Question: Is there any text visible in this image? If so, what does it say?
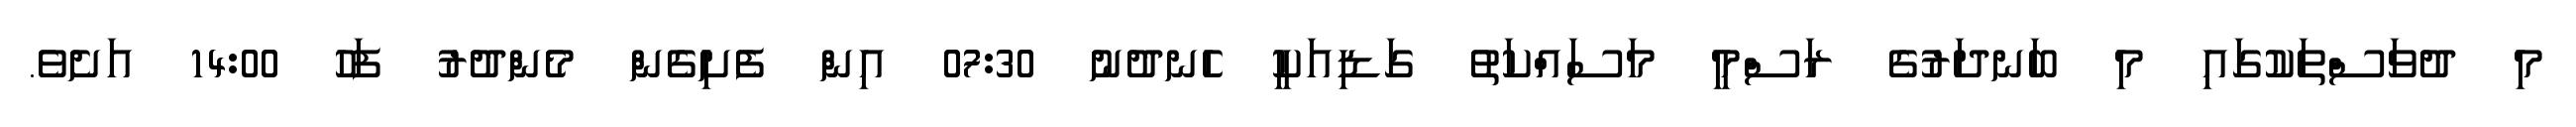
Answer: މި ދުވަސްތަކުގައި މި ބަނދަރުގެ ރަސްމީ މަސައްކަތު ގަޑިއަކީ ހެނދުނު 07:30 އިން ފެށިގެން މެންދުރު ފަހު 14:00 އަށެވެ.